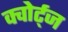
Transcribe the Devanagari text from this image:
क्वोर्ट्‌ज